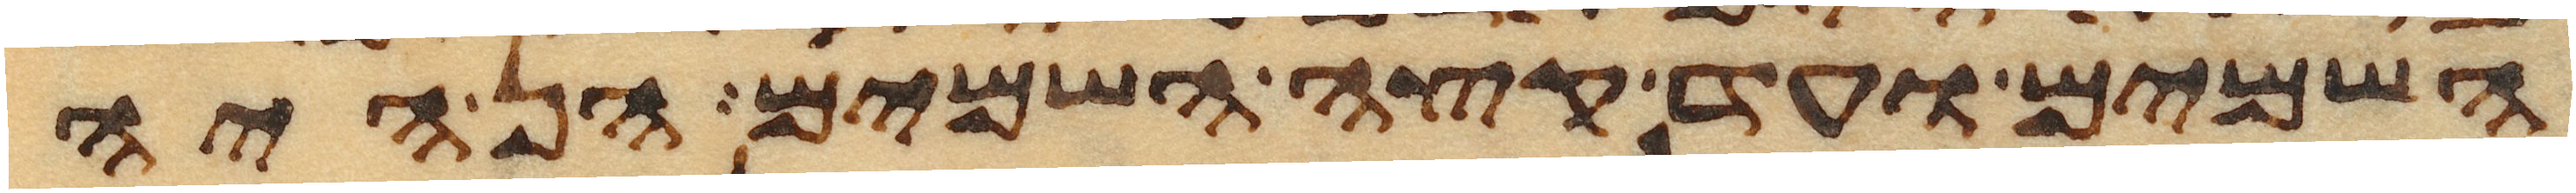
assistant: השמים ועד קצה השמים הן היה